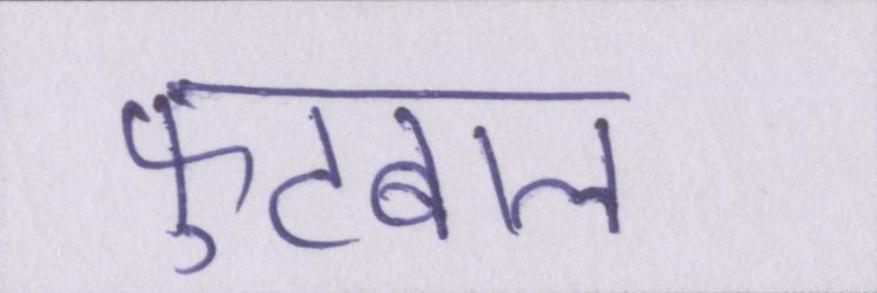
फुटबाल